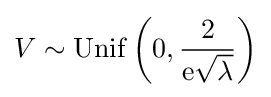
V\sim \mathrm {Unif} \left(0,{\frac {2}{\mathrm {e} {\sqrt {\lambda }}}}\right)